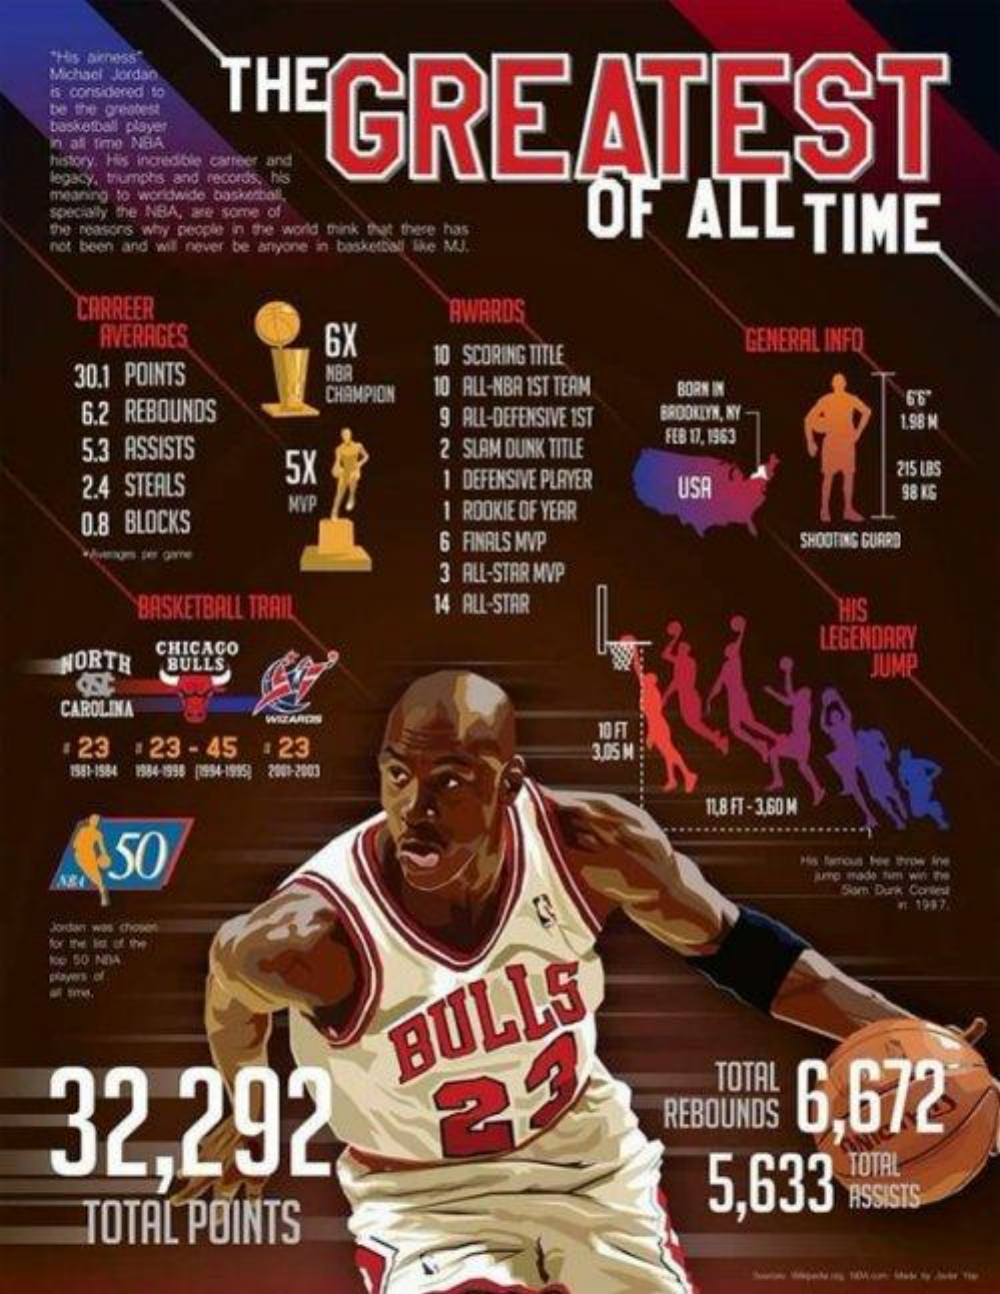
"His akness"
     Michael Jordan
     THE    GREATEST
     is: corisidered to
     be the greatest
     basketball player
     in all Time NBA
     history. His incredible career and
     legacy, triumphs and records, his
     meaning to worldwide basketball,
     OF    ALL    TIME specially the NBA, are some of
     the reasons why people in the world think that these has
     not been and will never be anyone in basketball like MJ.
     CARREER
     AVERAGES    6X
     AWARDS
     30.1 POINTS    NBR
     10 SCORING TITLE
     GENERAL INFO
     6.2 REBOUNDS
     CHAMPION    10 ALL-NBA 1ST TEAM    BORN IN
     9 ALL-DEFENSIVE IST    BROOKLYN, NY
     66
     1.98 N
     5.3 ASSISTS    2  SLAM DUNK TITLE
     2.4  STEALS
     5X
     FEB 17. 1963
     HYP
     1 DEFENSIVE PLAYER    USA
     215 LBS
     1 ROOKIE OF YEAR
     98 KG
     0.8 BLOCKS
     6 FINALS MVP    SHOOTING GUARD
     -fer gime
     3 ALL-STAR MVP
     BASKETBALL  TRAIL    14 ALL-STAR    HIS
     NORTH
     CHICAGO    LEGENDARY
     BULLS    JUMP
     CAROLINA
     1 23    23  - 45    :23
     10 FT
     3.05 M
     1551-1584 1954-1995 [1994-1995) 2001-2003
     11,8 FT - 3,60 M
     50
     pro made tim win te
     Som Dunk Contest
     # 1987
     Jordan was"choper
     Nop 50 NDA
     32,292
     BULLS
     23
     TOTAL
     REBOUNDS    6,672
     5,633
     TOTAL
     TOTAL    POINTS
     ASSISTS
     --------